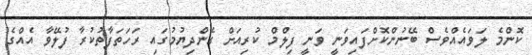
ކޮންމެ ލަވައެއްވެސް ބޭނުންކޮށްފައިވަނީ ވަނީ ފިލްމް ކުރިއަށް ގެންދިޔުމުގައި ރަހަތަފާތުކުރާ ފުލޭވާ އެއްގެ